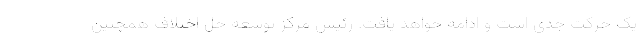
یک حرکت جدی است و ادامه خواهد یافت. رئیس مرکز توسعه حل اختلاف همچنین